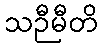
သဉီမီတိ